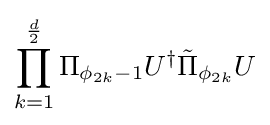
\prod _{k=1}^{\frac {d}{2}}\Pi _{\phi _{2k}-1}U^{\dagger }{\tilde {\Pi }}_{\phi _{2k}}U